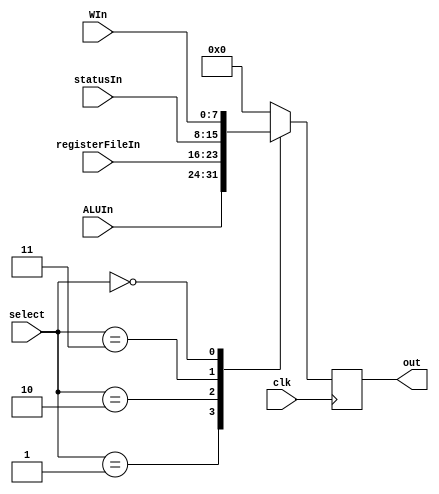
`timescale 1ns / 1ps
//////////////////////////////////////////////////////////////////////////////////
// Company: 
// Engineer: 
// 
// Design Name: 
// Module Name:    DataBus 
// Project Name: 
// Target Devices: 
// Tool versions: 
// Description: 
//
// Dependencies: 
//
// Revision: 
// Revision 0.01 - File Created
// Additional Comments: 
//
//////////////////////////////////////////////////////////////////////////////////
module DataBus(out, statusIn, ALUIn, registerFileIn, WIn,select, clk);
	output	reg	[7:0] out;
	input				[7:0] statusIn, ALUIn, registerFileIn,WIn;
	input				[3:0]	select;
	input						clk;
	
	parameter W				= 4'd0;
	parameter ALU				= 4'd1;
	parameter registerFile	= 4'd2;
	parameter status			= 4'd3;
	
	
	reg		[7:0] nextData;
	always@(posedge clk)
	begin
		out <= nextData;
	end
	
	always@(select or ALUIn or registerFileIn or statusIn or WIn)
	begin
		case(select)
			ALU:				nextData = ALUIn;
			registerFile:	nextData = registerFileIn;
			status:			nextData = statusIn;
			W:					nextData = WIn;
			default:			nextData = 8'd0;
		endcase
	end
endmodule